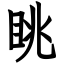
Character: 眺